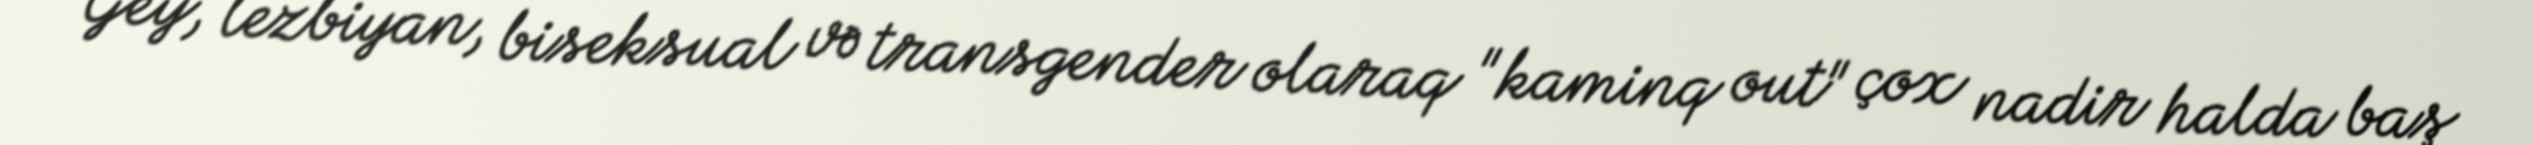
Gey, lezbiyan, biseksual və transgender olaraq "kaminq out" çox nadir halda baş